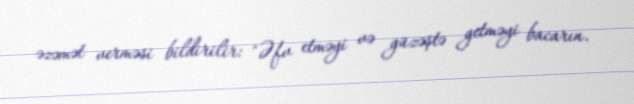
əzəmət verməsi bildirilir: "Əfv etməyi və güzəştə getməyi bacarın.